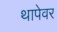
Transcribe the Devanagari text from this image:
थापेवर